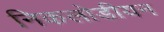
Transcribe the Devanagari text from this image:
निकलोडीयन